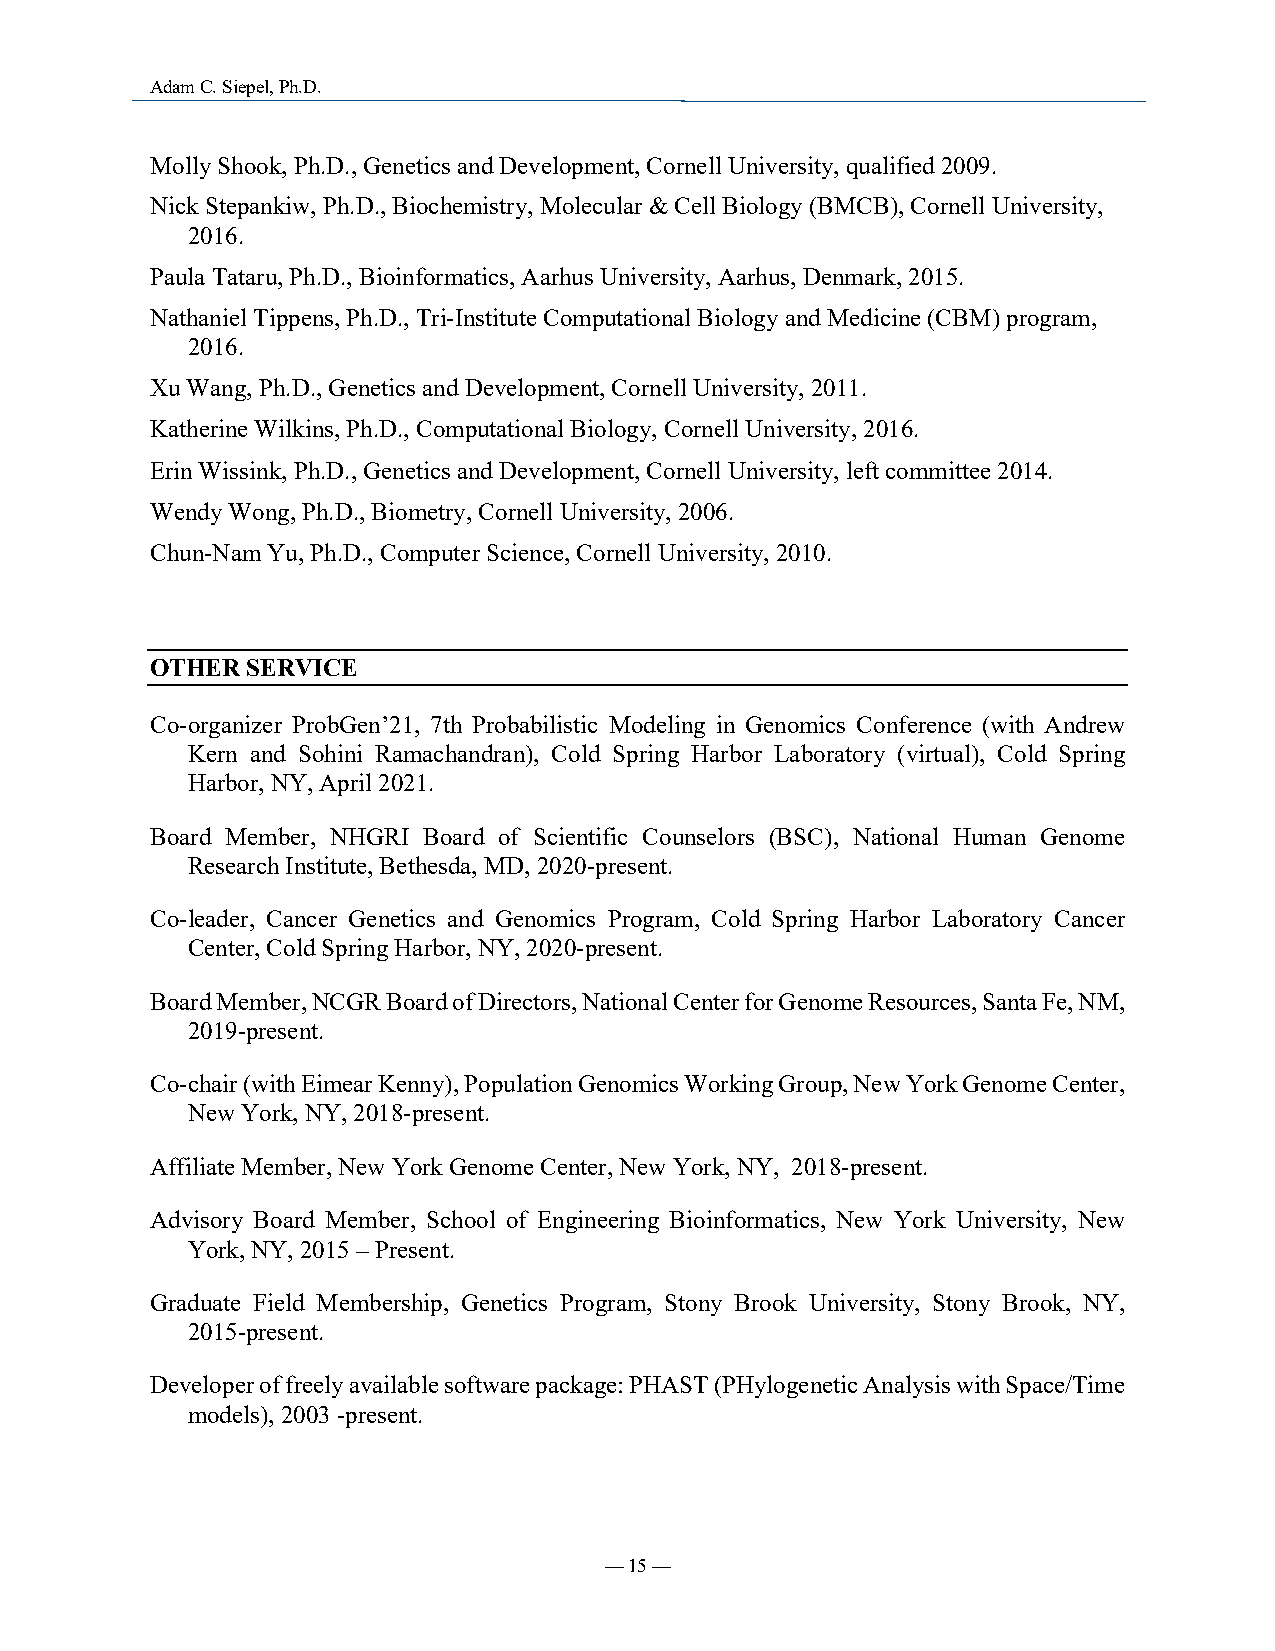
Adam C. Siepel, Ph.D.
 Molly Shook, Ph.D., Genetics and Development, Cornell University, qualified 2009.
 Nick Stepankiw, Ph.D., Biochemistry, Molecular & Cell Biology (BMCB), Cornell University,
 2016.
 Paula Tataru, Ph.D., Bioinformatics, Aarhus University, Aarhus, Denmark, 2015.
 Nathaniel Tippens, Ph.D., Tri-Institute Computational Biology and Medicine (CBM) program,
 2016.
 Xu Wang, Ph.D., Genetics and Development, Cornell University, 2011.
 Katherine Wilkins, Ph.D., Computational Biology, Cornell University, 2016.
 Erin Wissink, Ph.D., Genetics and Development, Cornell University, left committee 2014.
 Wendy Wong, Ph.D., Biometry, Cornell University, 2006.
 Chun-Nam Yu, Ph.D., Computer Science, Cornell University, 2010.
 OTHER SERVICE
 Co-organizer ProbGen’21, 7th Probabilistic Modeling in Genomics Conference (with Andrew
 Kern and Sohini Ramachandran), Cold Spring Harbor Laboratory (virtual), Cold Spring
 Harbor, NY, April 2021.
 Board Member, NHGRI Board of Scientific Counselors (BSC), National Human Genome
 Research Institute, Bethesda, MD, 2020-present.
 Co-leader, Cancer Genetics and Genomics Program, Cold Spring Harbor Laboratory Cancer
 Center, Cold Spring Harbor, NY, 2020-present.
 Board Member, NCGR Board of Directors, National Center for Genome Resources, Santa Fe, NM,
 2019-present.
 Co-chair (with Eimear Kenny), Population Genomics Working Group, New York Genome Center,
 New York, NY, 2018-present.
 Affiliate Member, New York Genome Center, New York, NY, 2018-present.
 Advisory Board Member, School of Engineering Bioinformatics, New York University, New
 York, NY, 2015 – Present.
 Graduate Field Membership, Genetics Program, Stony Brook University, Stony Brook, NY,
 2015-present.
 Developer of freely available software package: PHAST (PHylogenetic Analysis with Space/Time
 models), 2003 -present.
 — 15 —